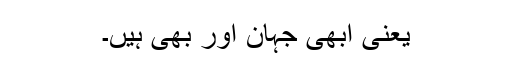
یعنی ابھی جہان اور بھی ہیں۔